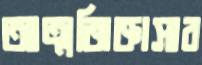
আত্মজিজ্ঞাসার